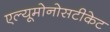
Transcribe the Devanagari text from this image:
एल्यूमोनोसटीकेट